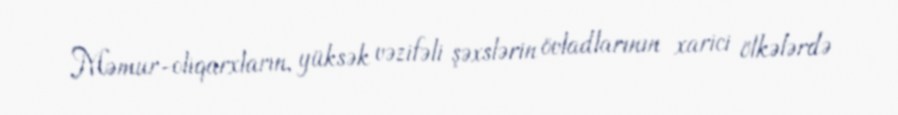
Məmur-oliqarxların, yüksək vəzifəli şəxslərin övladlarının xarici ölkələrdə